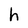
Character: h